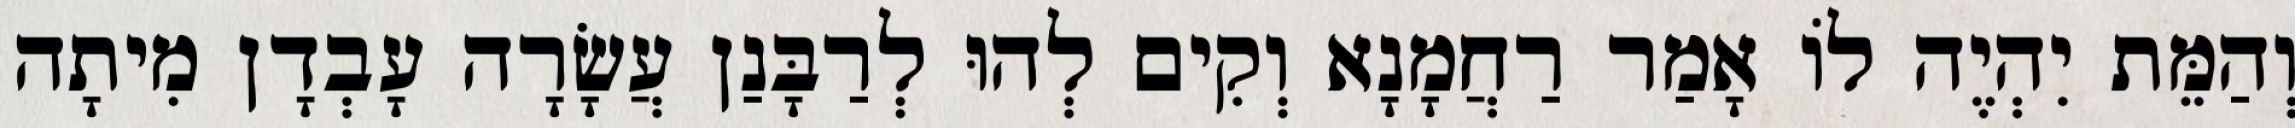
וְהַמֵּת יִהְיֶה לוֹ אָמַר רַחֲמָנָא וְקִים לְהוּ לְרַבָּנַן עֲשָׂרָה עָבְדָן מִיתָה